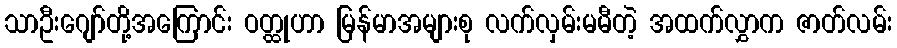
သာဦးဂျော်တို့အကြောင်း ဝတ္ထုဟာ မြန်မာအများစု လက်လှမ်းမမီတဲ့ အထက်လွှာက ဇာတ်လမ်း